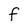
Character: O